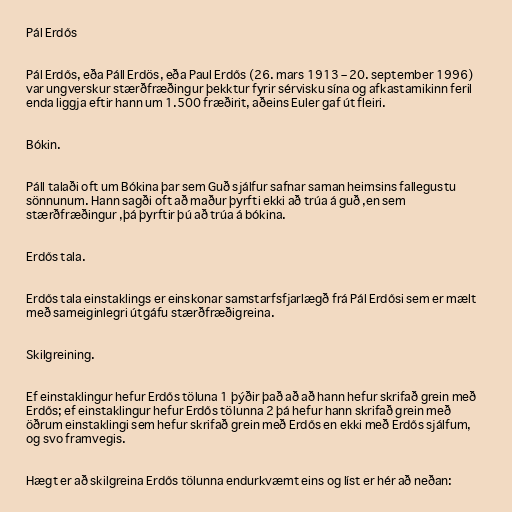
Pál Erdős

Pál Erdős, eða Páll Erdös, eða Paul Erdős (26. mars 1913 – 20. september 1996)
var ungverskur stærðfræðingur þekktur fyrir sérvisku sína og afkastamikinn feril
enda liggja eftir hann um 1.500 fræðirit, aðeins Euler gaf út fleiri.

Bókin.

Páll talaði oft um Bókina þar sem Guð sjálfur safnar saman heimsins fallegustu
sönnunum. Hann sagði oft að maður þyrfti ekki að trúa á guð ,en sem
stærðfræðingur ,þá þyrftir þú að trúa á bókina.

Erdős tala.

Erdős tala einstaklings er einskonar samstarfsfjarlægð frá Pál Erdősi sem er mælt
með sameiginlegri útgáfu stærðfræðigreina.

Skilgreining.

Ef einstaklingur hefur Erdős töluna 1 þýðir það að að hann hefur skrifað grein með
Erdős; ef einstaklingur hefur Erdős tölunna 2 þá hefur hann skrifað grein með
öðrum einstaklingi sem hefur skrifað grein með Erdős en ekki með Erdős sjálfum,
og svo framvegis.

Hægt er að skilgreina Erdős tölunna endurkvæmt eins og líst er hér að neðan: